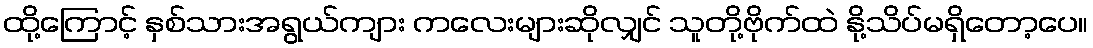
ထို့ကြောင့် နှစ်သားအရွယ်ကျား ကလေးများဆိုလျှင် သူတို့ဗိုက်ထဲ နို့သိပ်မရှိတော့ပေ။